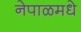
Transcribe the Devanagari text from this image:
नेपाळमधे